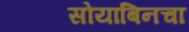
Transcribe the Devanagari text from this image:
सोयाबिनचा